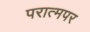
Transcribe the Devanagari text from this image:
परात्मपर